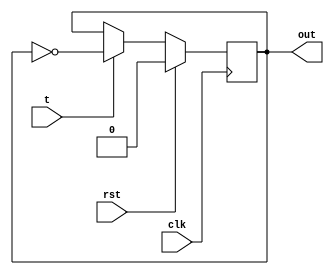
module tflipflop ( input clk, input rst, input t, output reg out);  
  always @ (posedge clk) begin  
    if (rst)  
      out <= 0;  
    else  
        if (t)  
            out <= ~out;  
        else  
            out <= out;  
  end 
endmodule

module updowncounter(input wire clk, reset, up_down , output wire [3:0]counter);

    wire [3:0]count;
    
    wire t0 = (1'b1);
    wire t1 = (counter[0] & (!up_down)) | ((!counter[0]) & up_down);
    wire t2 = (counter[1] & counter[0] & (!up_down)) | ((!counter[1]) & (!counter[0]) & up_down);
    wire t3 = (counter[2] & counter[1] & counter[0] & (!up_down)) | ((!counter[2]) & (!counter[1] & (!counter[0]) & (up_down)));

    tflipflop T3(clk, reset, t3, count[3]); 
    tflipflop T2(clk, reset, t2, count[2]);
    tflipflop T1(clk, reset, t1, count[1]);
    tflipflop T0(clk, reset, 1'b1, count[0]);

    assign counter = count;
endmodule